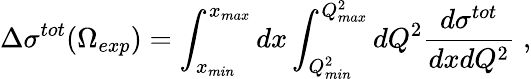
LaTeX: \Delta\sigma^{tot}(\Omega_{exp})=\int_{x_{min}}^{x_{max}}dx\int_{Q_{min}^{2}}^{Q_{max}^{2}}dQ^{2}\frac{d\sigma^{tot}}{dxdQ^{2}}\; ,